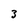
Character: 3